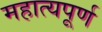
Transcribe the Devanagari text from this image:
महात्यपूर्ण